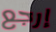
إرجع